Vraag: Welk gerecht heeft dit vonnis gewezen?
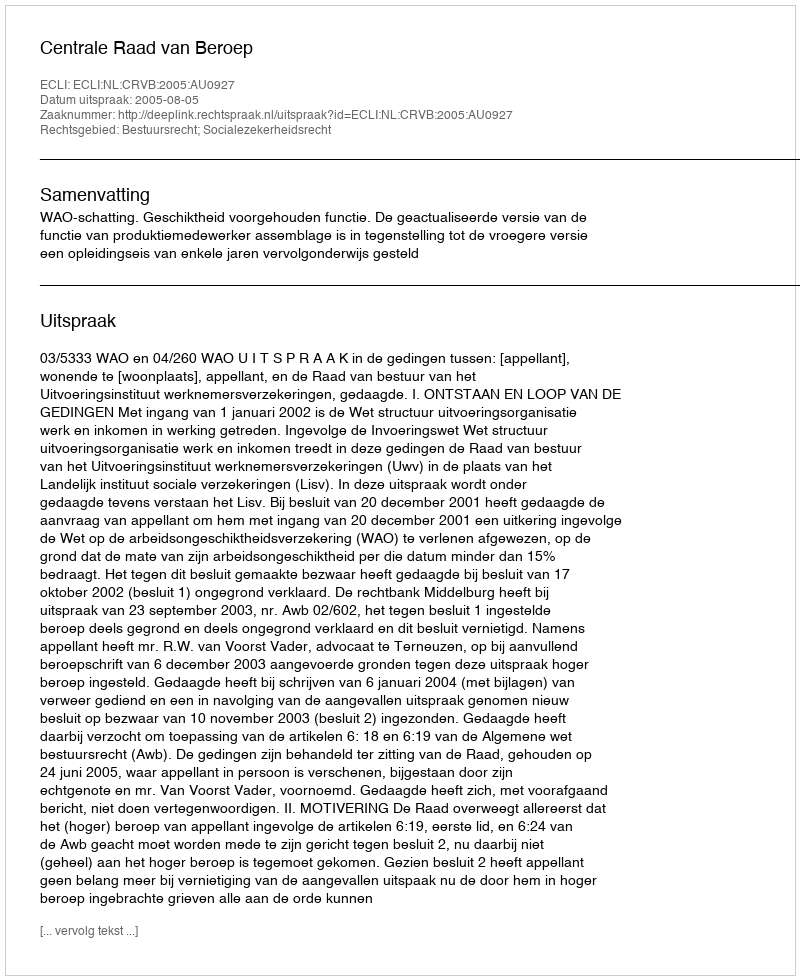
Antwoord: Centrale Raad van Beroep